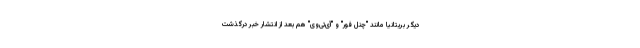
دیگر بریتانیا مانند "چنل فور" و "آی‌تی‌وی" هم بعد از انتشار خبر درگذشت